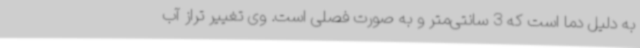
به دلیل دما است که 3 سانتی‌متر و به صورت فصلی است. وی تغییر تراز آب